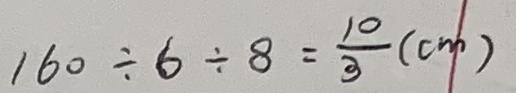
1 6 0 \div 6 \div 8 = \frac { 1 0 } { 3 } ( c m )